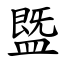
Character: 䀈